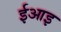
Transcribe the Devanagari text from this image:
ईआइ